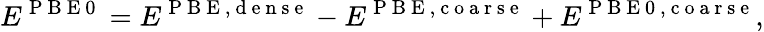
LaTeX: E^{\mathrm{~P~B~E~0~}}=E^{\mathrm{~P~B~E~,~d~e~n~s~e~}}-E^{\mathrm{~P~B~E~,~c~o~a~r~s~e~}}+E^{\mathrm{~P~B~E~0~,~c~o~a~r~s~e~}},